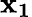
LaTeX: \mathbf{x_{1}}